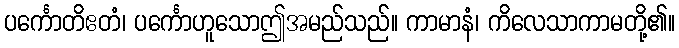
ပင်္ကောတိဧတံ၊ ပင်္ကောဟူသောဤအမည်သည်။ ကာမာနံ၊ ကိလေသာကာမတို့၏။